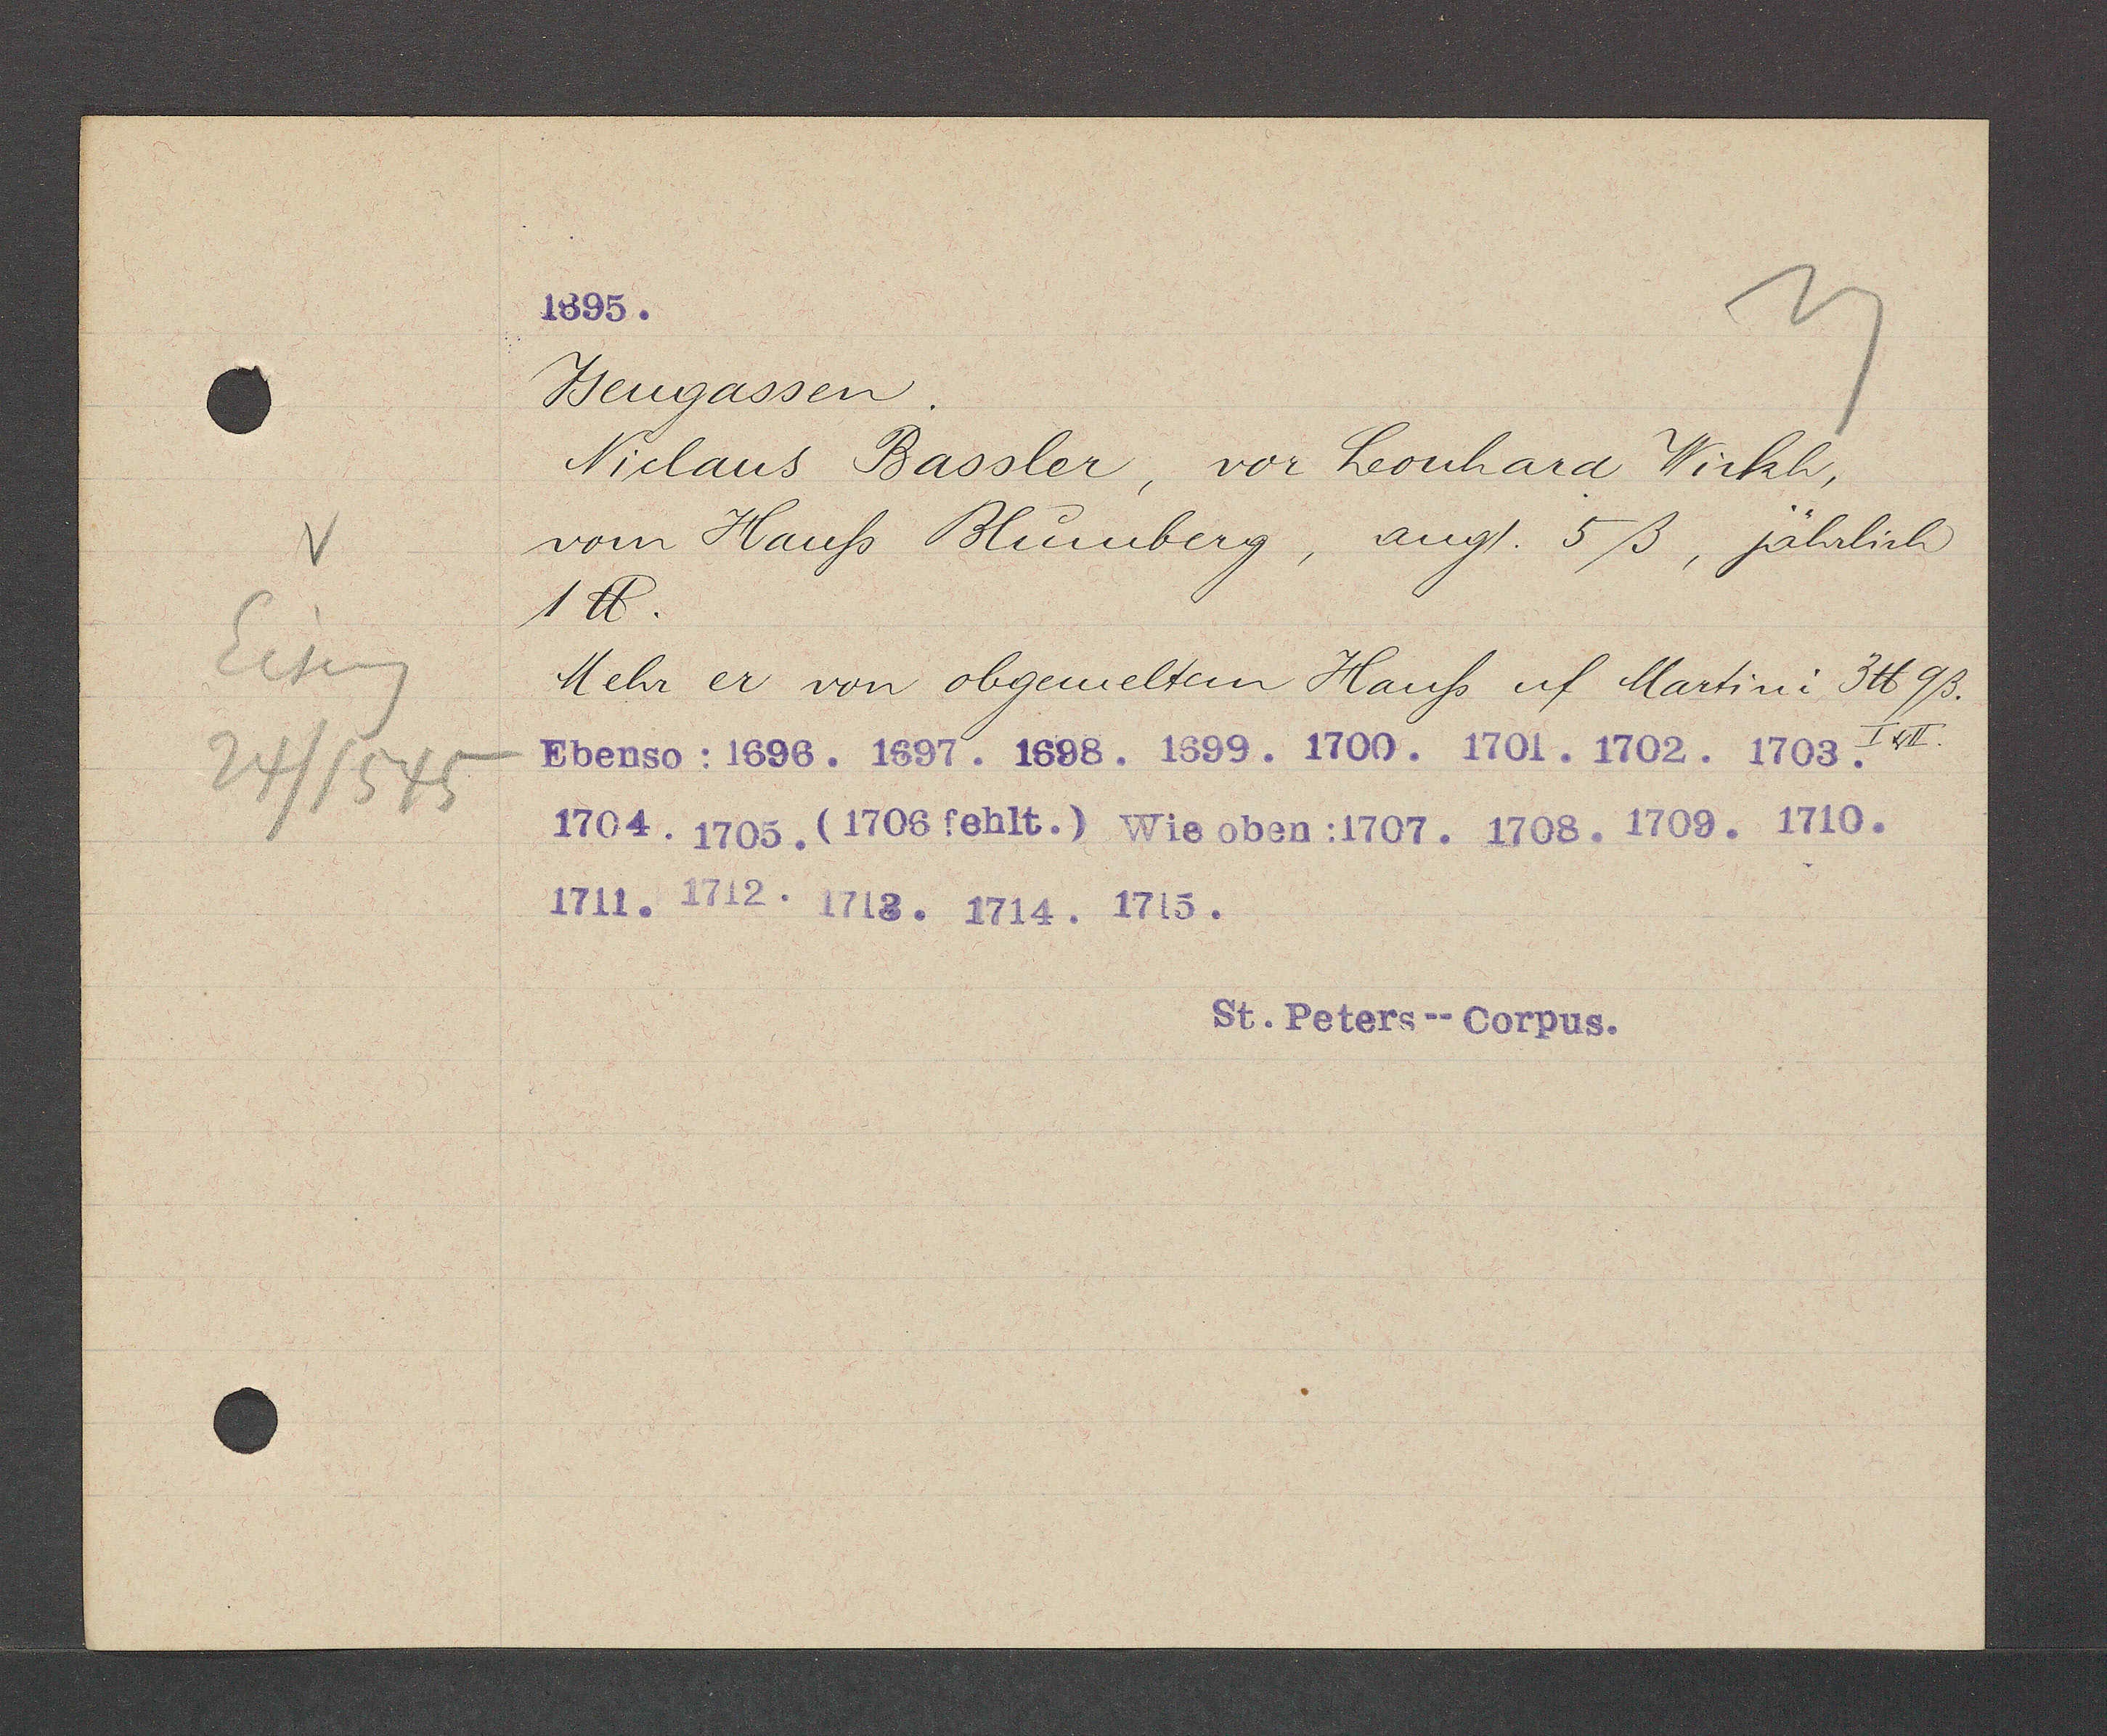
Transcript:
V
Eiseng
24/1545

Jsengassen.
Niclaus Bassler, vor Leonhard Wickh,
vom Hauß Blumberg, ang/. 5ß, jährlich
1℔.
Mehr er von obgemeltem Hauß uf Martini: 3℔ 9ß.
I u II